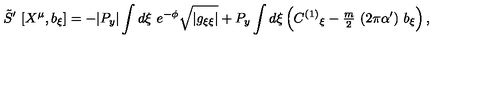
\tilde { S } ^ { \prime } \ [ X ^ { \mu } , b _ { \xi } ] = - | P _ { y } | \int d \xi \ e ^ { - \phi } \sqrt { | g _ { \xi \xi } | } + P _ { y } \int d \xi \left( C ^ { ( 1 ) } { } _ { \xi } - { \textstyle \frac { m } { 2 } } \ ( 2 \pi \alpha ^ { \prime } ) \ b _ { \xi } \right) ,